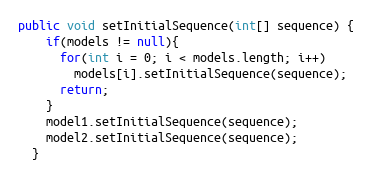
Language: Java
public void setInitialSequence(int[] sequence) {
    if(models != null){
      for(int i = 0; i < models.length; i++)
        models[i].setInitialSequence(sequence);
      return;
    }
    model1.setInitialSequence(sequence);
    model2.setInitialSequence(sequence);
  }